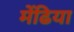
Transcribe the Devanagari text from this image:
मेंढिया